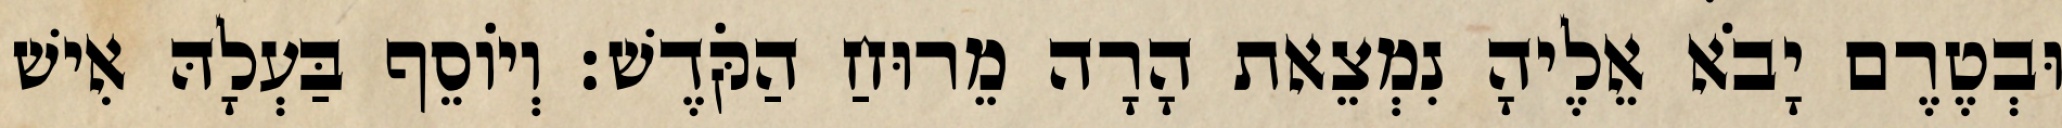
וּבְטֶרֶם יָבֹא אֵלֶיהָ נִמְצֵאת הָרָה מֵרוּחַ הַקֹּדֶשׁ׃ וְיוֹסֵף בַּעְלָהּ אִישׁ